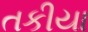
તકીયા